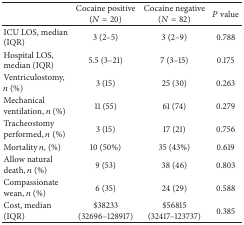
|  | Cocaine positive (N = 20) | Cocaine negative (N = 82) | P value |
 | --- | --- | --- | --- |
 | ICU LOS, median (IQR) | 3 (2–5) | 3 (2–9) | 0.788 |
 | Hospital LOS, median (IQR) | 5.5 (3–21) | 7 (3–15) | 0.175 |
 | Ventriculostomy, n (%) | 3 (15) | 25 (30) | 0.263 |
 | Mechanical ventilation, n (%) | 11 (55) | 61 (74) | 0.279 |
 | Tracheostomy performed, n (%) | 3 (15) | 17 (21) | 0.756 |
 | Mortality n, (%) | 10 (50%) | 35 (43%) | 0.619 |
 | Allow natural death, n (%) | 9 (53) | 38 (46) | 0.803 |
 | Compassionate wean, n (%) | 6 (35) | 24 (29) | 0.588 |
 | Cost, median (IQR) | $38233 (32696–128917) | $56815 (32417–123737) | 0.385 |